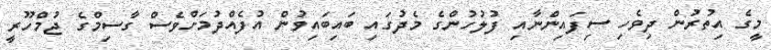
މީގެ އިތުރުން ދިވެހި ސިފައިންނާއި ފުލުހުންގެ މެދުގައި ބައިބައިވުން އުފެއްދުމަށްވެސް ގާސިމްގެ ޖުމްހޫރީ